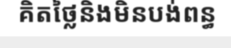
គិតថ្លៃនិងមិនបង់ពន្ធ